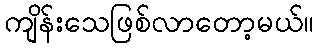
ကျိန်းသေဖြစ်လာတော့မယ်။